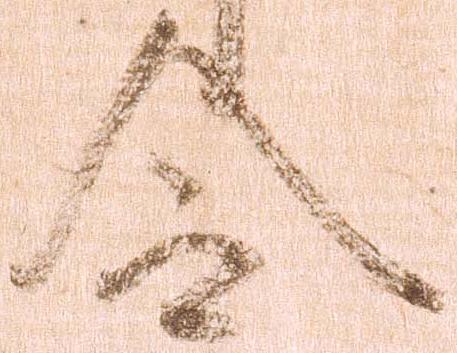
令